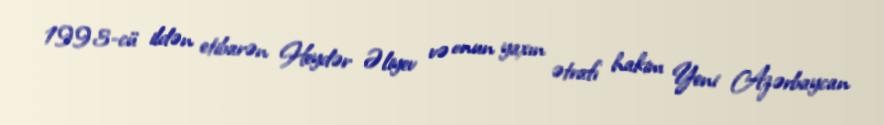
1993-cü ildən etibarən Heydər Əliyev və onun yaxın ətrafı hakim Yeni Azərbaycan